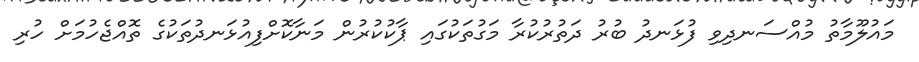
މައުލޫމާތު މުއްސަނދިވި ފުޅަނދު ބުރު ދަތުރުކުރާ މަގުތަކުގައި ޕާކުކުރުން މަނާކޮށްފިއުޅަނދުތަކުގެ ތޮއްޖެހުމަށް ހުރި